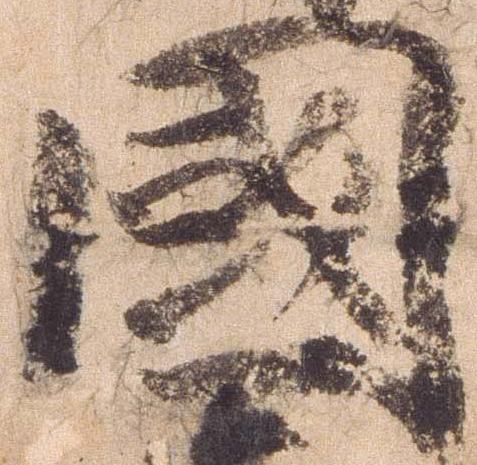
国